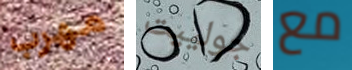
مهرب جولييت مع